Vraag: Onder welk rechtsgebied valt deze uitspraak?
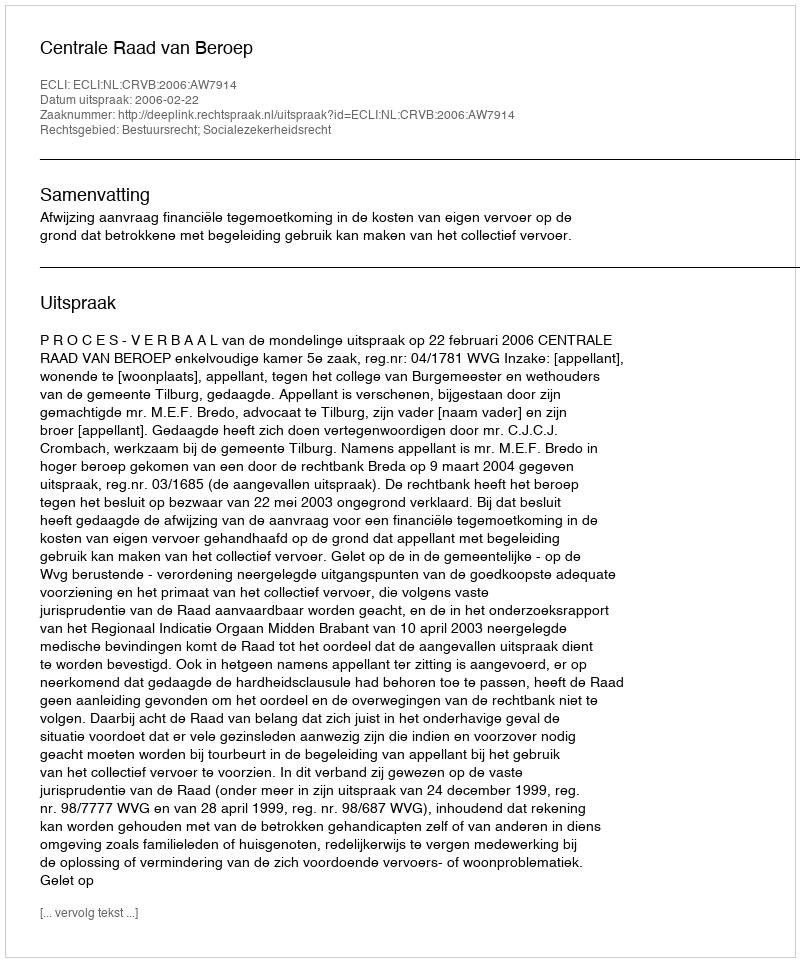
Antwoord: Bestuursrecht; Socialezekerheidsrecht